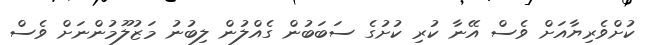
ކުށްވެރިޔާއަށް ވެސް އޭނާ ކުރި ކުށުގެ ސަބަބުން ގެއްލުން ލިބުނު މަޒުލޫމުންނަށް ވެސް